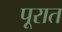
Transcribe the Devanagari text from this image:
पूरात